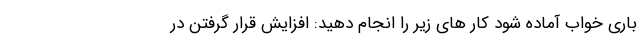
باری خواب آماده شود کار های زیر را انجام دهید: افزایش قرار گرفتن در